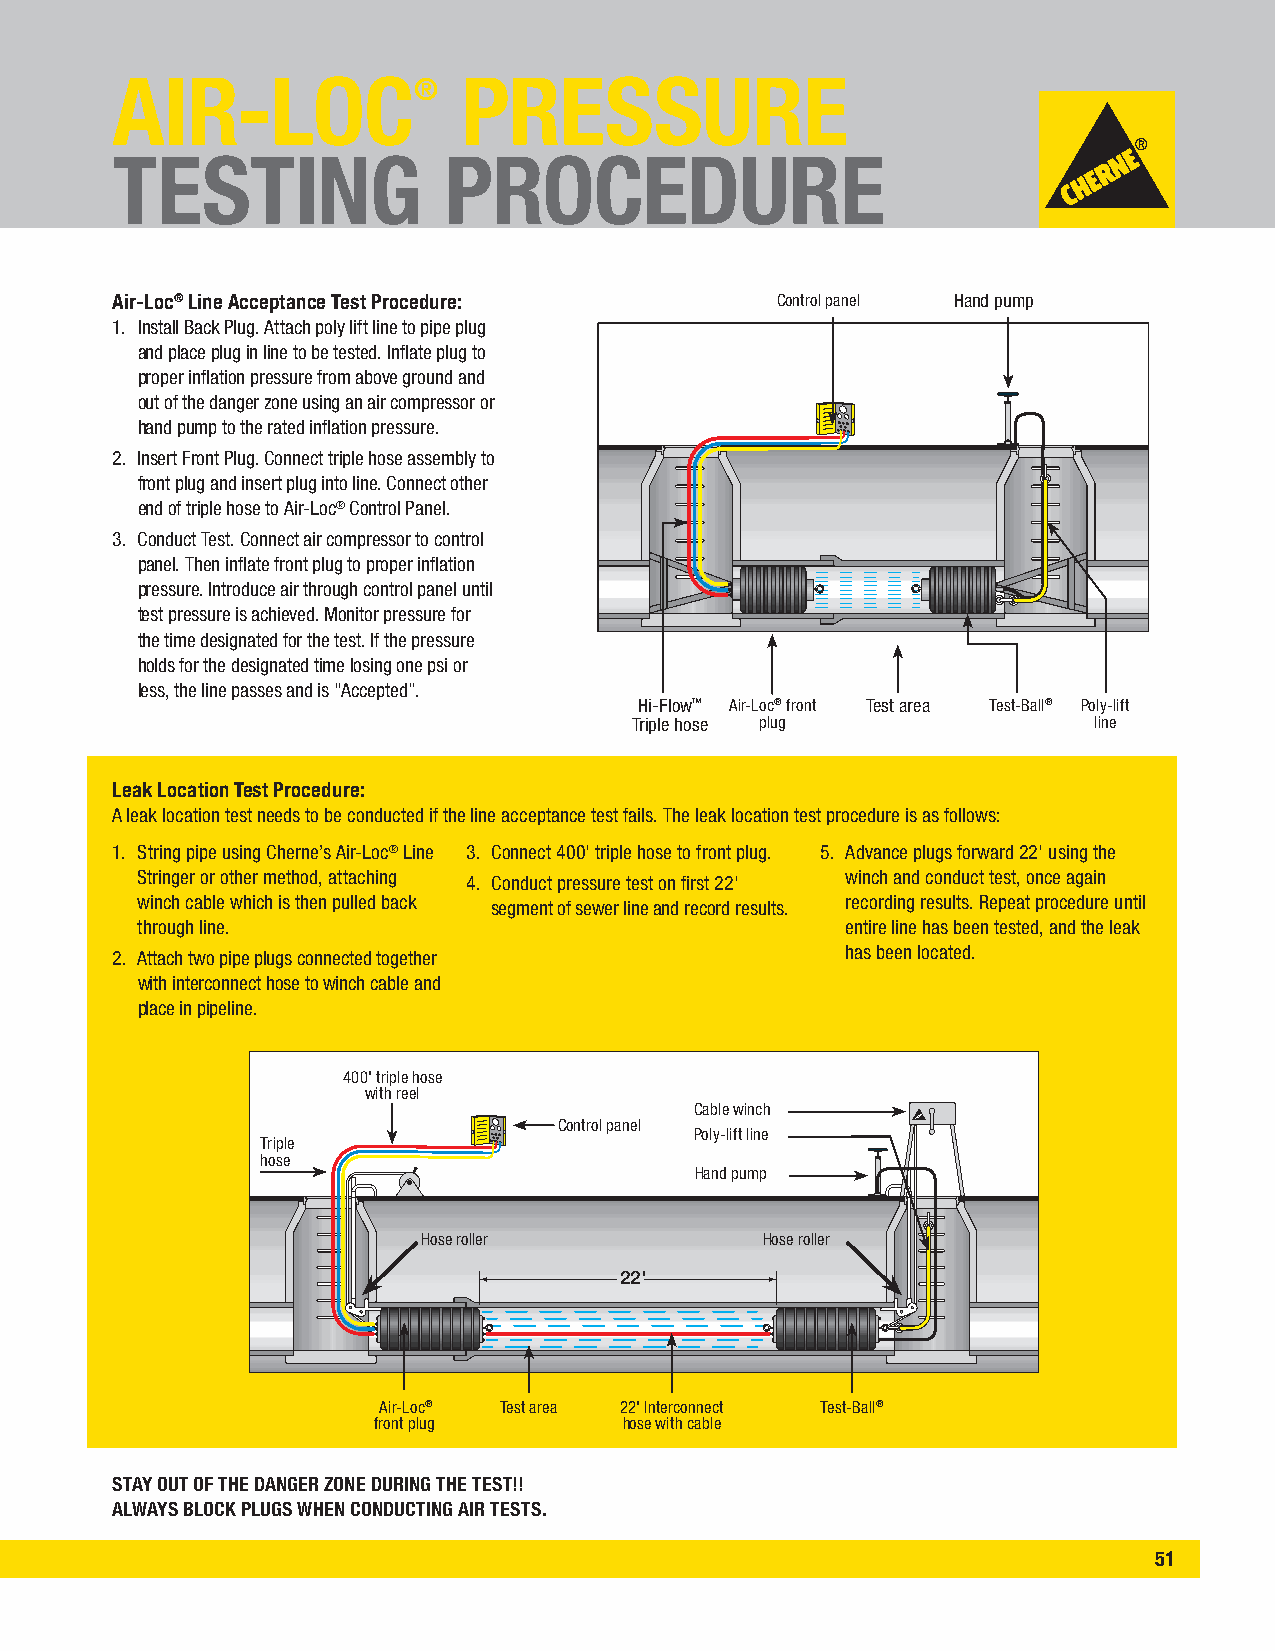
AIR-LOC®                PRESSURE
 TESTING               PROCEDURE
 Air-Loc® Line Acceptance Test Procedure:    Control panel Hand pump
 1. Install Back Plug. Attach poly lift line to pipe plug
 and place plug in line to be tested. Inflate plug to
 proper inflation pressure from above ground and
 out of the danger zone using an air compressor or
 hand pump to the rated inflation pressure.
 2. I nsert Front Plug. Connect triple hose assembly to
 front plug and insert plug into line. Connect other
 end of triple hose to Air-Loc® Control Panel.
 3. C onduct Test. Connect air compressor to control
 panel. Then inflate front plug to proper inflation
 pressure. Introduce air through control panel until
 test pressure is achieved. Monitor pressure for
 the time designated for the test. If the pressure
 holds for the designated time losing one psi or
 less, the line passes and is “Accepted”.
 Hi-Flow™ Air-Loc® front Test area Test-Ball® Poly-lift
 Triple hose plug              line
 Leak Location Test Procedure:
 A leak location test needs to be conducted if the line acceptance test fails. The leak location test procedure is as follows:
 1. S tring pipe using Cherne’s Air-Loc® Line 3. C onnect 400' triple hose to front plug. 5. A dvance plugs forward 22' using the
 Stringer or other method, attaching 4. C onduct pressure test on first 22' winch and conduct test, once again
 winch cable which is then pulled back          recording results. Repeat procedure until
 segment of sewer line and record results.
 through line.                                  entire line has been tested, and the leak
 has been located.
 2. A ttach two pipe plugs connected together
 with interconnect hose to winch cable and
 place in pipeline.
 400' triple hose
 with reel
 Cable winch
 Control panel
 Poly-lift line
 Triple
 hose
 Hand pump
 Hose roller           Hose roller
 22'
 Air-Loc® Test area 22' Interconnect Test-Ball®
 front plug      hose with cable
 STAY OUT OF THE DANGER ZONE DURING THE TEST!!
 ALWAYS BLOCK PLUGS WHEN CONDUCTING AIR TESTS.
 51